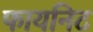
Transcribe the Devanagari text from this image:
फायनिट